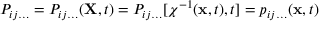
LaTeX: \ P _ { i j \ldots } = P _ { i j \ldots } ( \mathbf { X } , t ) = P _ { i j \ldots } [ \chi ^ { - 1 } ( \mathbf { x } , t ) , t ] = p _ { i j \ldots } ( \mathbf { x } , t )